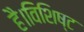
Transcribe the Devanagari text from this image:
है।विशिष्ट